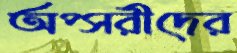
অপ্সরীদের